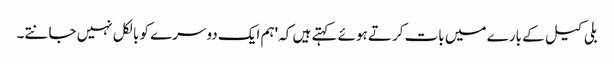
بلی کیل کے بارے میں بات کرتے ہوئے کہتے ہیں کہ 'ہم ایک دوسرے کو بالکل نہیں جانتے۔